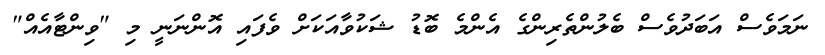
ނަމަވެސް އަބަދުވެސް ބެލުންތެރިންގެ އެންމެ ބޮޑު ޝަކުވާއަކަށް ވެފައި އޮންނަނީ މި "ވިންޓާއެއް"